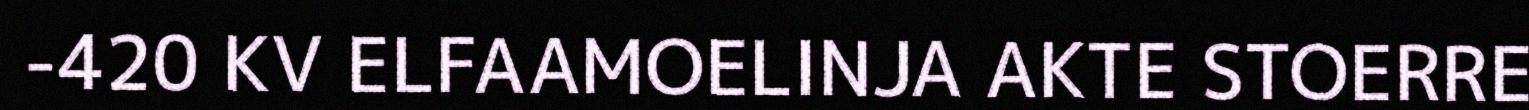
-420 KV ELFAAMOELINJA AKTE STOERRE